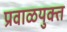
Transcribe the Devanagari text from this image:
प्रवाळयुक्त